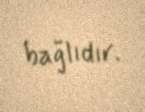
bağlıdır.